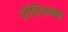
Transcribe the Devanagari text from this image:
रीतिसम्मत